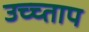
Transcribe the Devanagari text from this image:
उच्च्ताप